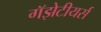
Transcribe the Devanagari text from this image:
गॅझेटीयर्स